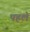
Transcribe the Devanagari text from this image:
पहल॓